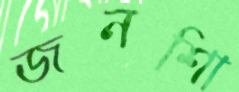
জনশিা